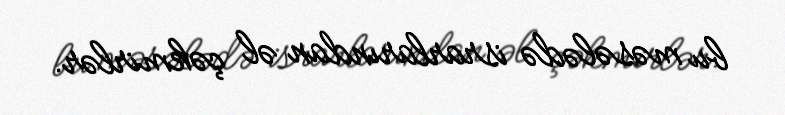
bu məsələdə israrlarından əl çəkmirlər.